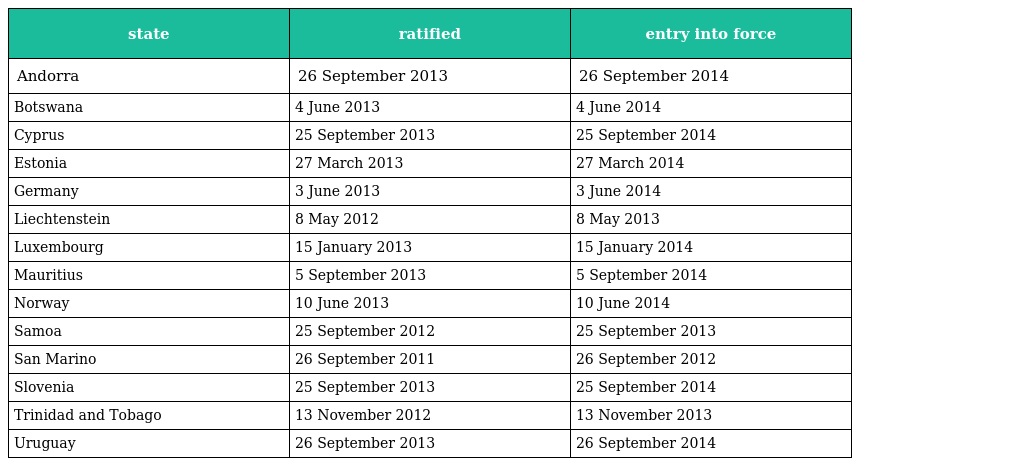
| state | ratified | entry into force |
 | --- | --- | --- |
 | Andorra | 26 September 2013 | 26 September 2014 |
 | Botswana | 4 June 2013 | 4 June 2014 |
 | Cyprus | 25 September 2013 | 25 September 2014 |
 | Estonia | 27 March 2013 | 27 March 2014 |
 | Germany | 3 June 2013 | 3 June 2014 |
 | Liechtenstein | 8 May 2012 | 8 May 2013 |
 | Luxembourg | 15 January 2013 | 15 January 2014 |
 | Mauritius | 5 September 2013 | 5 September 2014 |
 | Norway | 10 June 2013 | 10 June 2014 |
 | Samoa | 25 September 2012 | 25 September 2013 |
 | San Marino | 26 September 2011 | 26 September 2012 |
 | Slovenia | 25 September 2013 | 25 September 2014 |
 | Trinidad and Tobago | 13 November 2012 | 13 November 2013 |
 | Uruguay | 26 September 2013 | 26 September 2014 |